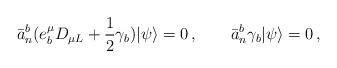
LaTeX: \begin{align*}\bar{a}_n^b(e_b^\mu D_{\mu L}+\frac{1}{2}\gamma_b)|\psi\rangle=0\,,\qquad\bar{a}_n^b\gamma_b|\psi\rangle=0\,,\end{align*}